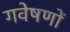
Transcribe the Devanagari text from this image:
गवेषणों